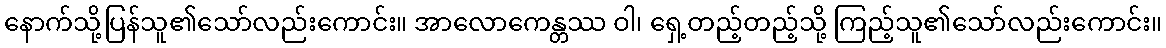
နောက်သို့ပြန်သူ၏သော်လည်းကောင်း။ အာလောကေန္တဿ ဝါ၊ ရှေ့တည့်တည့်သို့ ကြည့်သူ၏သော်လည်းကောင်း။